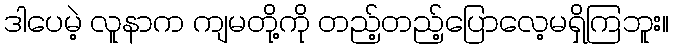
ဒါပေမဲ့ လူနာက ကျမတို့ကို တည့်တည့်ပြောလေ့မရှိကြဘူး။